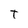
Character: T